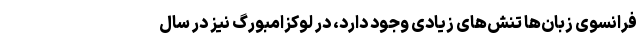
فرانسوی زبان‌ها تنش‌های زیادی وجود دارد، در لوکزامبورگ نیز در سال